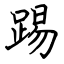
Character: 踢